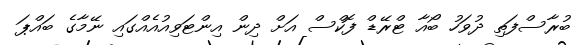
ބުރާސްފަތި ދުވަހު ބޯއާ ޓްރޭޑް ފޮކްސް އަށް ދިން އިންޓަވިއުއެއްގައި ނޭމާގެ ބައްޕަ